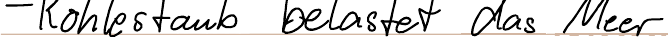
- Kohlestaub belastet das Meer